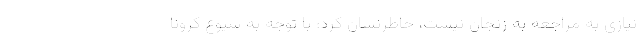
نیازی به مراجعه به زنجان نیست، خاطرنشان کرد: با توجه به شیوع کرونا